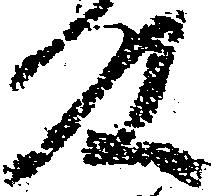
殿